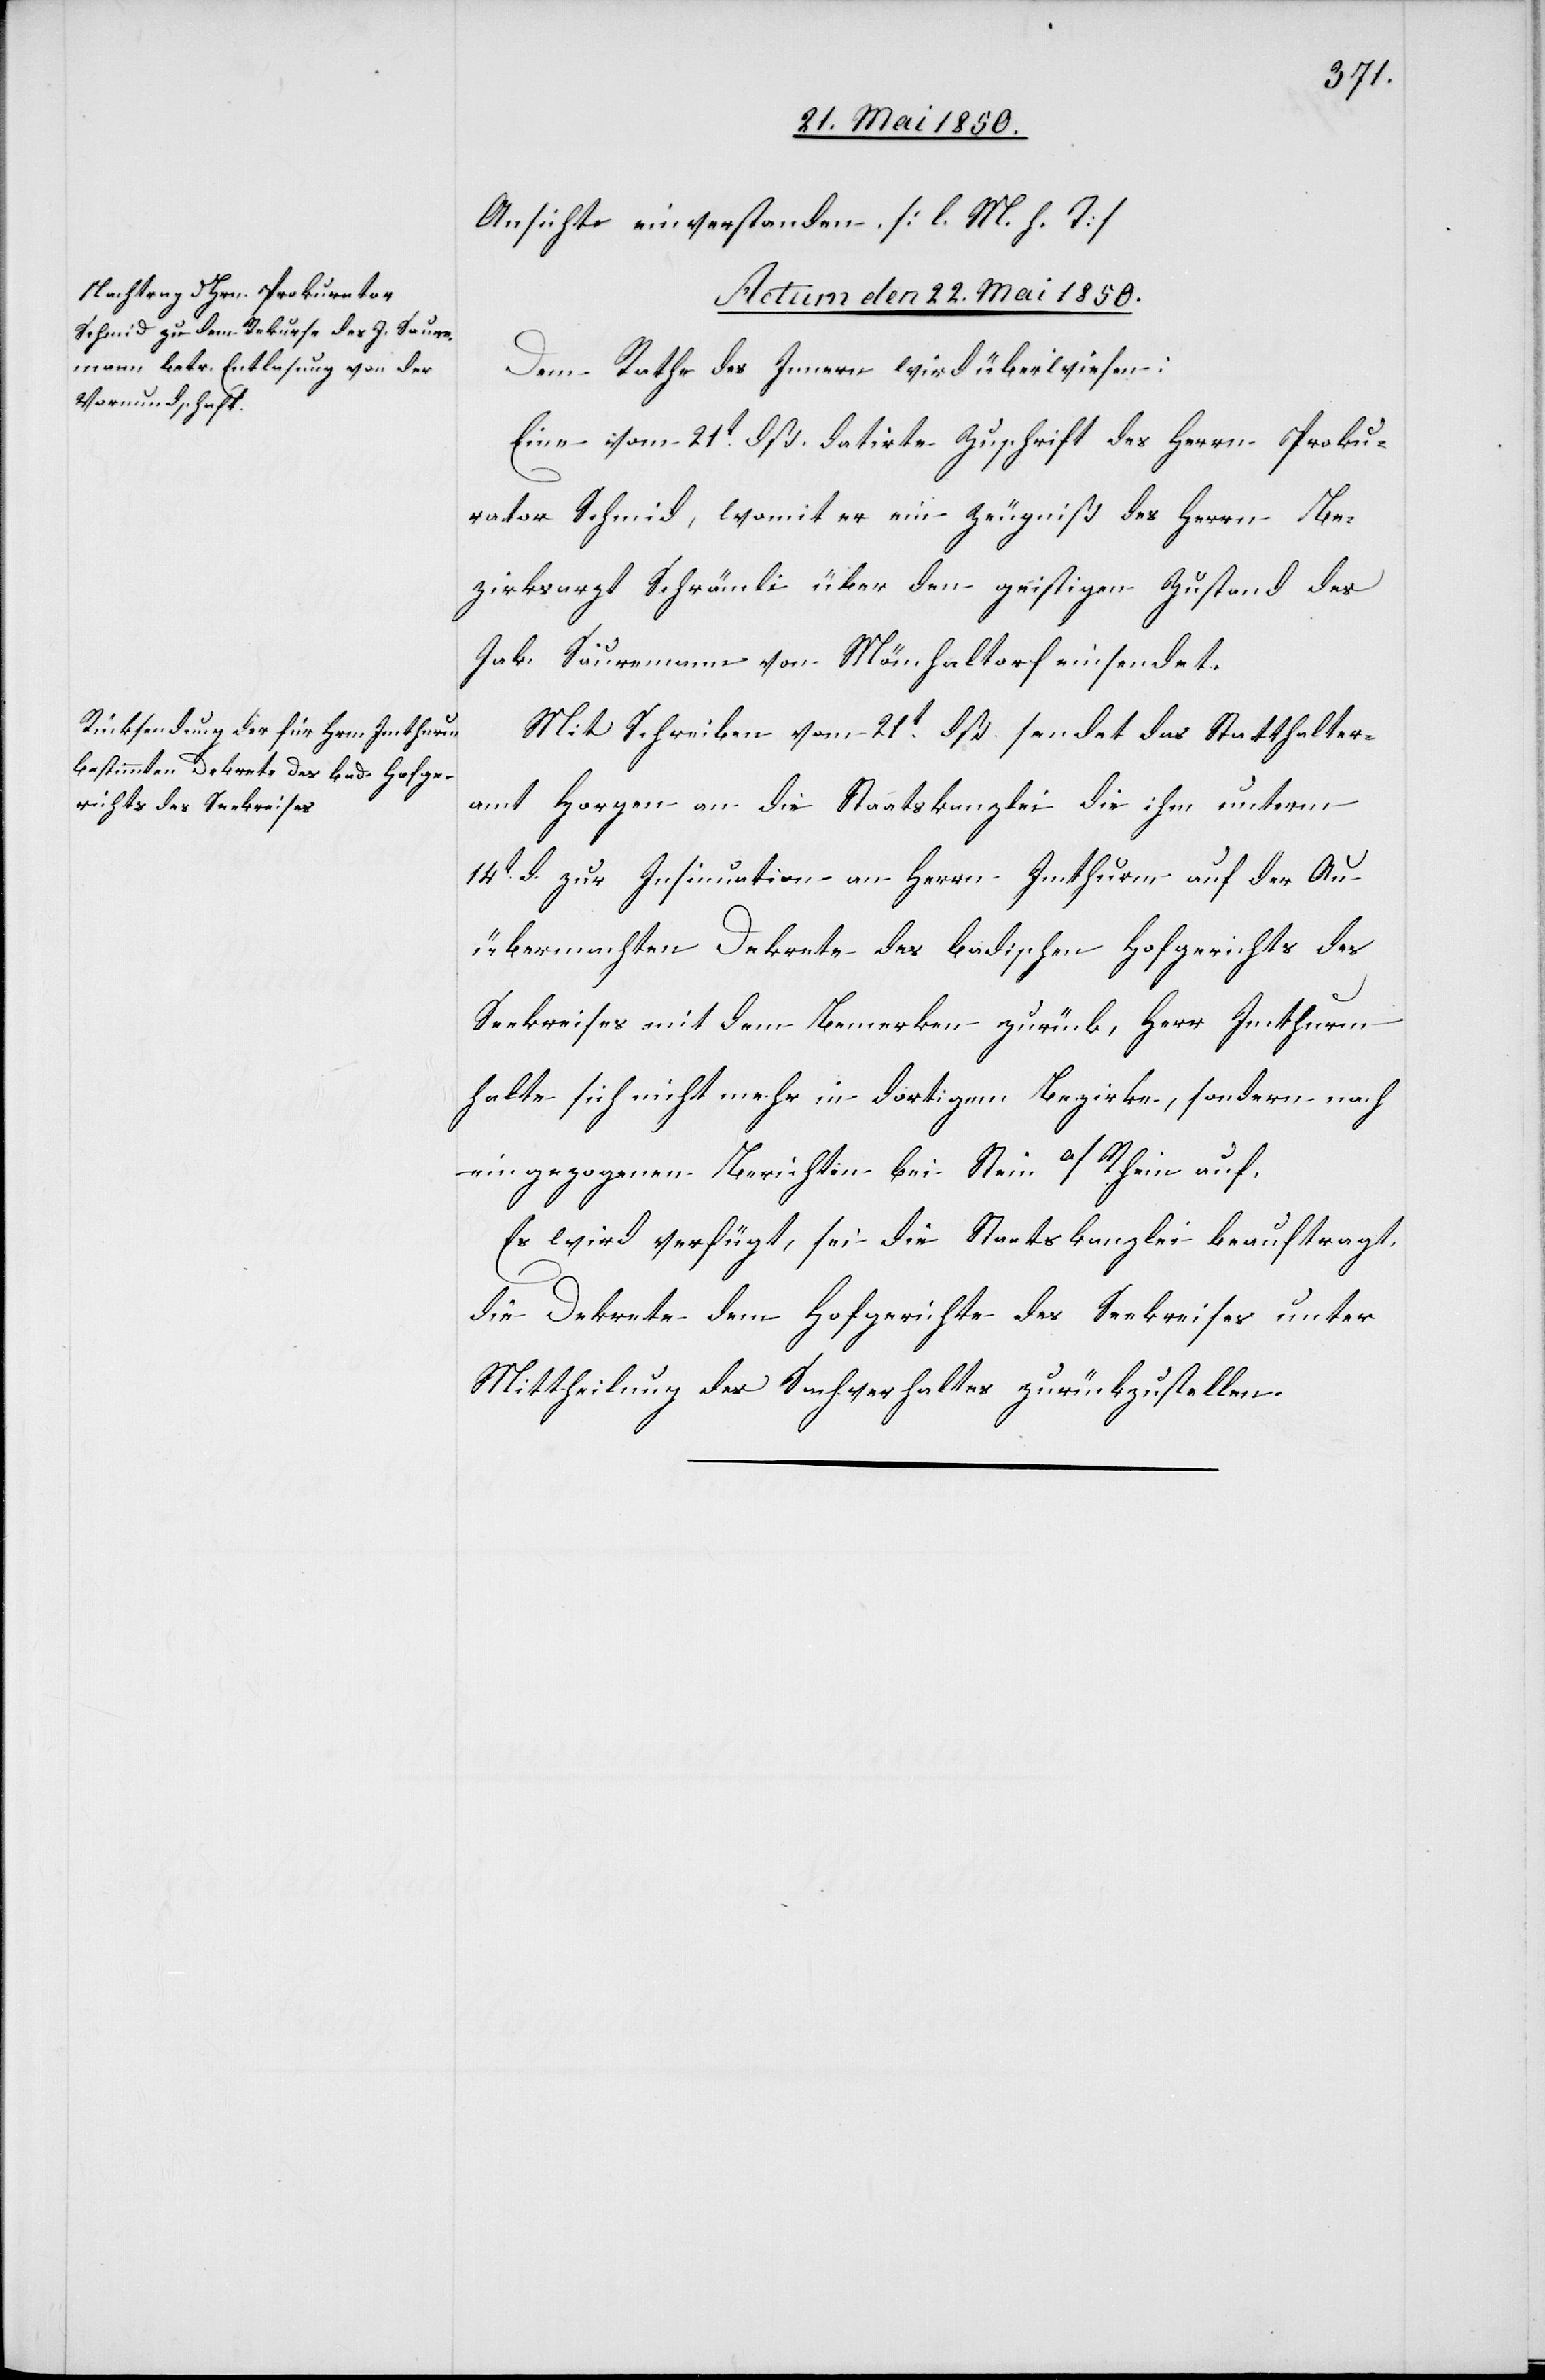
Ansicht einverstanden. [l. M. h. T]
Actum den 22. Mai 1850.]
Dem Rathe des Innern wird überwiesen:
Eine vom 21t dß. datirte Zuschrift des Herrn Proku¬
rator Schmid, womit er ein Zeugniß des Herrn Be¬
zirksarzt Schrämli über den geistigen Zustand des
Jak. Sauremann von Mönchaltorf einsendet.
Mit Schreiben vom 21t d. sendet das Statthalter¬
amt Horgen an die Staatskanzlei die ihm unterm
14t d. zur Insinuation an Herrn Imthurm auf der Au
übermachten Dekrete des badischen Hofgerichts des
Seekreises mit dem Bemerken zurück, Herr Imthurm
halte sich nicht mehr in dortigem Bezirke, sondern nach
eingezogenen Berichten bei Stein a/Rhein auf.